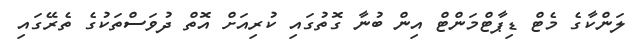
ލަންކާގެ މެޓް ޑިޕާޓްމަންޓް އިން ބުނާ ގޮތުގައި ކުރިއަށް އޮތް ދުވަސްތަކުގެ ތެރޭގައި